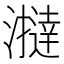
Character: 𤃧